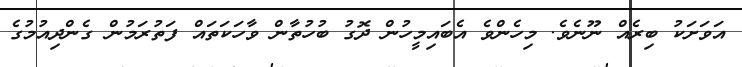
އަވަށަކު ބިރެއް ނޫނެވެ. މިހެންވެ އެބައިމީހުން ދޮގު ބުހުތާން ވާހަކަތައް ފަތުރަމުން ގެންދިއުމުގެ